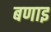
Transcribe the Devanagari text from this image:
बणाइ